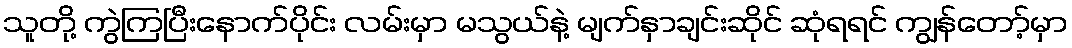
သူတို့ ကွဲကြပြီးနောက်ပိုင်း လမ်းမှာ မသွယ်နဲ့ မျက်နှာချင်းဆိုင် ဆုံရရင် ကျွန်တော့်မှာ